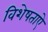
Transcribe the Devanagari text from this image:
विशेषताऐ